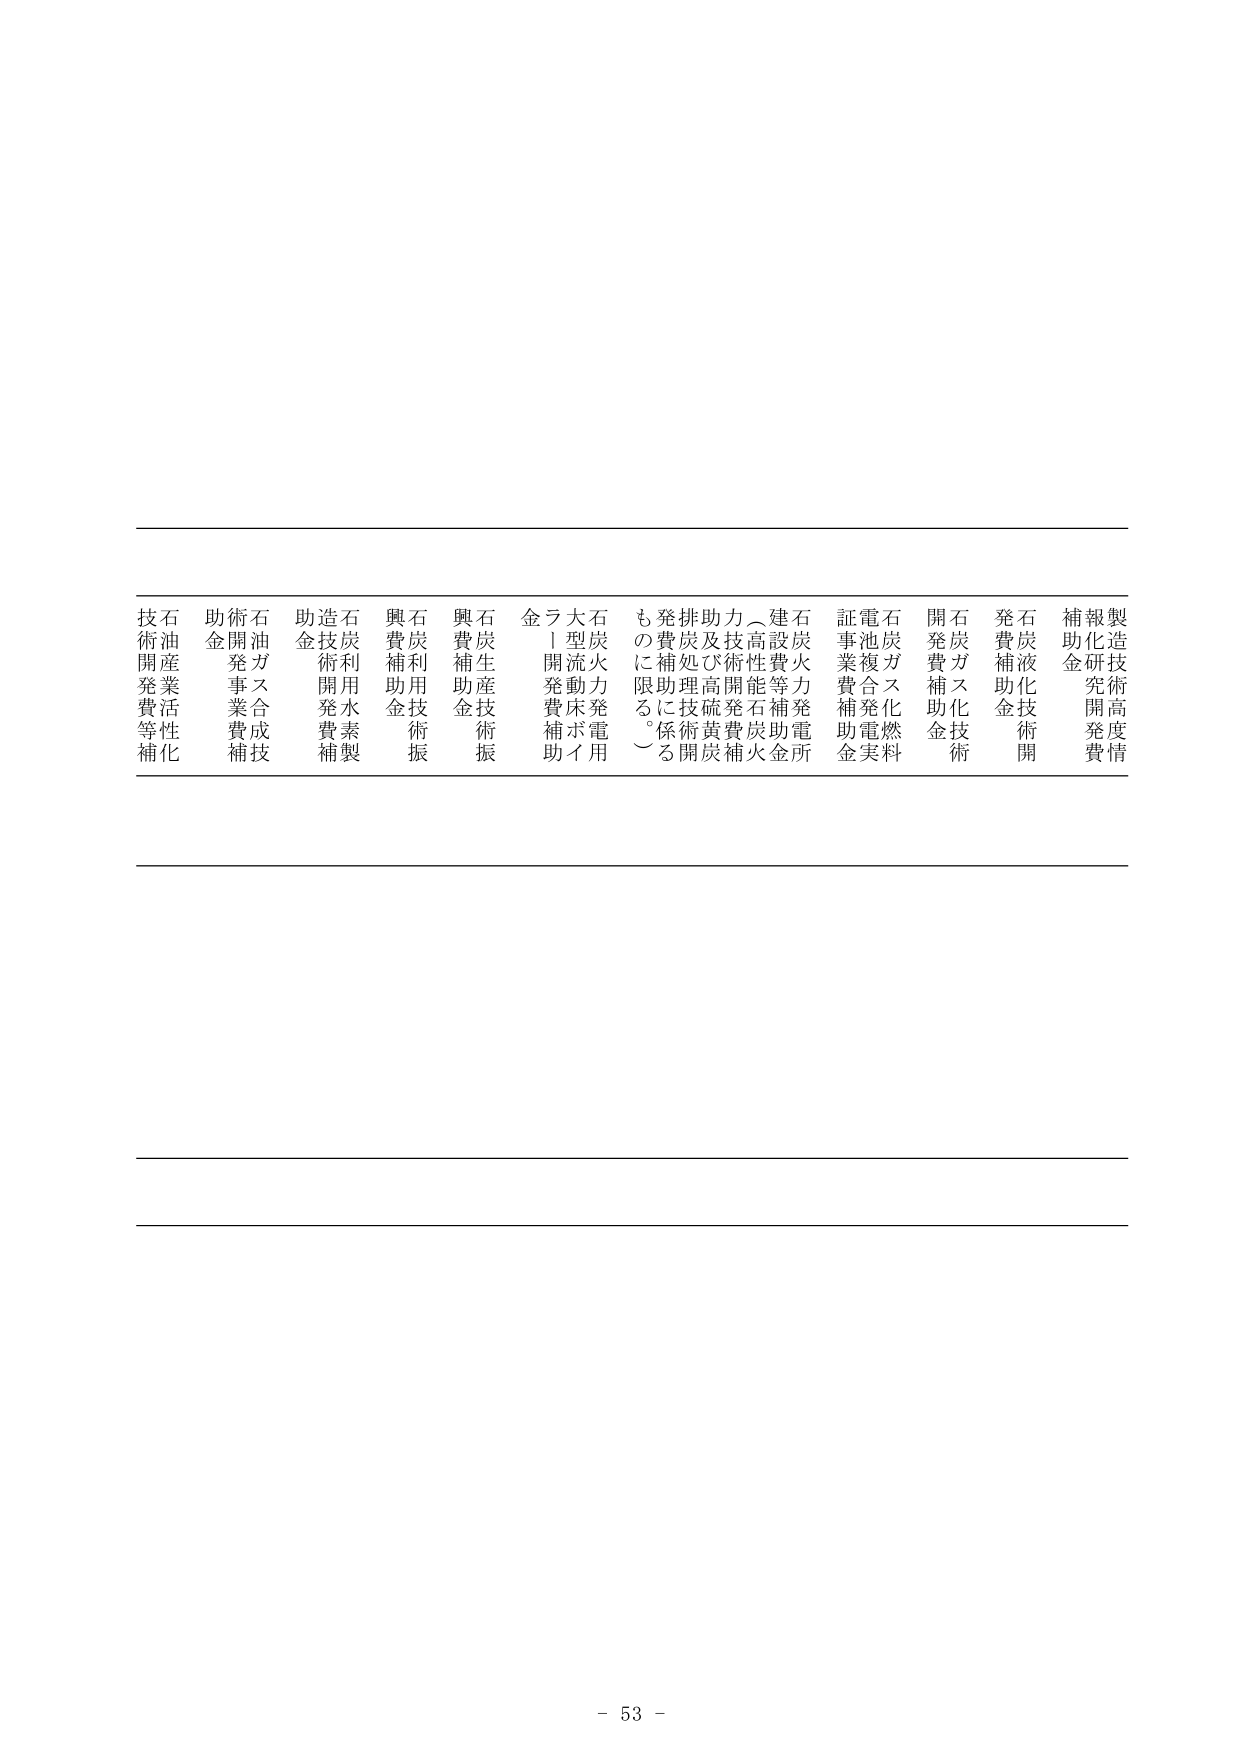
技術開発等補助
石油産業活性化
助金
技術開発事業費補助
石油ガス合成技術
助金
造技術開発費補助
石炭利用水素製
興費補助金
石炭利用技術振興
興費補助金
石炭生産技術振興
金
ラ1開発補助
大型流動床ボイラー用
石炭火力発電用
ものに限る。
発補助関係
排炭処理技術開発
助及び高硫黄炭補助
力技術開発費補助
（高性能石炭火力
建設費等補助金
石炭火力発電所
証事業費補助金
電池複合発電実料
石炭ガス化燃料
開発費補助金
石炭ガス化技術
発費補助金
石炭液化技術開発
補助金
報化研究開発費
製造技術高度化

- 53 -